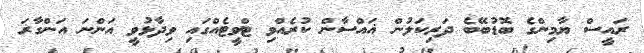
ރައީސް ޔާމިންގެ ބޮޑުބޭބެ ދަރިކަލުން ޣައްސާން ކުރެއްވި ޓްވީޓެއްގައި ވިދާޅުވީ އަންނަ އަންގާރަ